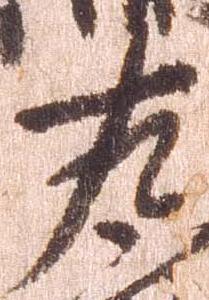
左